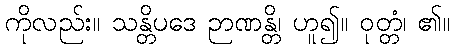
ကိုလည်း။ သန္တိပဒေ ဉာဏန္တိ၊ ဟူ၍။ ဝုတ္တံ၊ ၏။